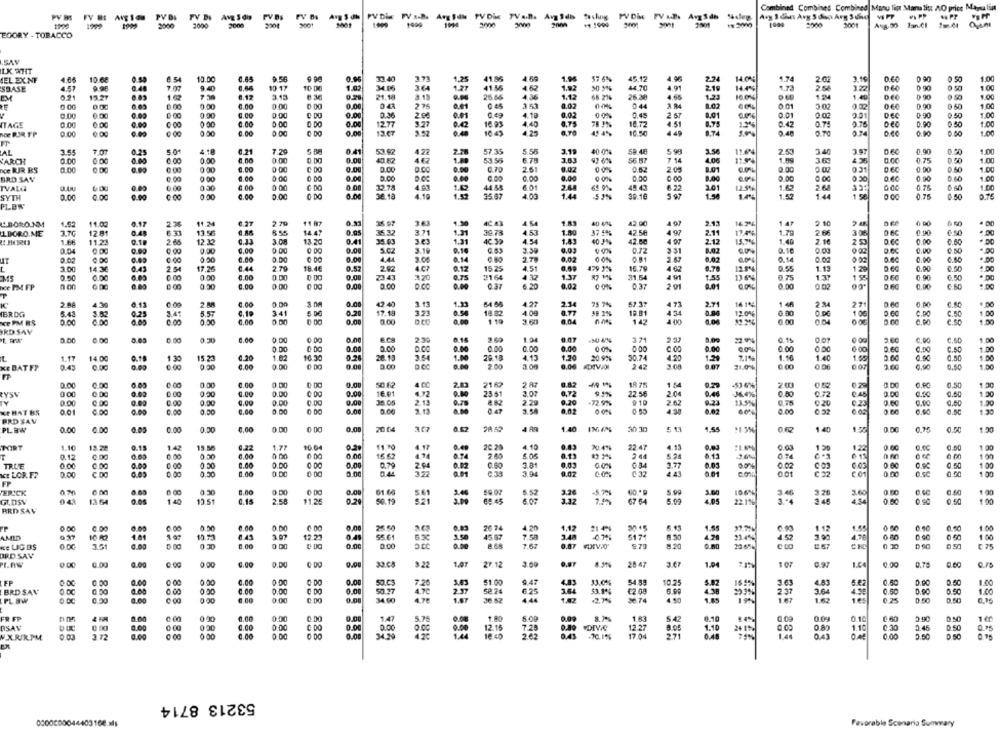
Combined Combines Combined Manu lig Manu list NO price May lin
2001
1990
3000
2001 3001
1001
EGORY - TOBACCO
IK WHIT
IEL EXNF
4.68
€ 54
10.00
6.45
9.56
0.96
33.40
3.7
1,2
41.86
4.50
1.94
57 6%
45.12
4.96
2.2
14.0%
1.74
3.19
0.50
1.00
SBASE
1.57
0.48
7.07
9.40
10 17
10 06
1.02
34.06
364
1.27
41 M
4.62
1.82
50 5%
44.70
218
1.73
2.54
3.22
0 90
1.00
13.27
0.98
21.10
3.18
26.66
4.36
1.12
66 276
123
100%
1.40
0 90
1.00
9.00
1.00
0.00
0.00
0.43
3.53
4.02
00%
044
10
0.05
0.00
0.00
0.00
0.00
0.36
0.01
4.19
0.02
0.45
67
0.01
0 02
3.91
DEC
0.90
0 50
1.00
ITAGE
0.00
0.00
0.00
0.00
12.77
3.27
0.02
16.93
4 40
6.75
78 1%
16.72
31
0.42
0.7!
0.75
0.90
1.00
HOE BUR TP
0.00
888
0.00
13. 67
0.40
16.43
4.25
0.70
10.50
0.90
0.60
5.55
5 99
AL
7.07
0.25
0.21
7.20
041
53.47
422
7.78
57.35
3.19
40 0%
58 AF
3.50
11.04
3.97
0.90
0.20
1.00
ARCH
0.00
0.00
0.00
0.00
8.00
0 00
0.00
4017
1.00
53. 55
7 14
4.00
4.55
0.75
nce RIR BS
0.00
0.00
0.00
0.00
0.02
00%
20
8.01
0.00
0.31
0.00
0.50
1.00
BRD SAY
0.00
0.00
0.0
0.00
0.00
8.00
0.50
0.00
1.00
0.00
0.00
22.28
1.0
44 48
6.01
45.43
301
125%
1.65
260
0.75
IVALG
4.10
35.67
4.00
1.44
$8.10
1.57
SYTH
0.00
0.00
0:00
0.00
0.00
5.00
0.00
38.18
51%
5 97
1.5
1.44
1 58
0.75
PLBW
L.BORO.NM
1.52
11.02
2.3
11.2
2 70
0.31
3.63
1.90
4 54
1.8
40 4%
42.90
2.13
16.204
147
2 10
3.7G
12 81
0.97
14.47
0.05
35.32
371
453
1.80
37 5%
42.58
97
.11
1.79
2 66
0.90
1.DORO.ME
0.4
13.56
1.31
30.78
1.66
11.23
0.1
265
12.32
3 08
13.20
0.41
35.03
1.31
40 39
4.54
1.43
42.80
-12
1.40
2.16
0.00
0.60
0.04
9.00
0.00
0.00
5.CZ
3.16
0.14
3.50
0,03
0.72
31
8.02
0.50
0.02
0.00
000
0.00
0.00
0.00
4.44
3.14
0,02
00%
0.14
0.0
0 02
3.00
14.30
0.4
2.54
17.26
0.44
2.79
0.57
2.62
AC?
0.12
15.25
4.51
479 1%
16.79
62
1.78
0.55
1.13
129
0.00
88888
0.00
2164
432
31.54
MS
0.50
0.00
ONO
0.00
0.00
73 43
0.75
1.3
0.75
137
1 55
DEC
0.00
bce PM FP
0.30
0.00
0 00
0.00
0,00
0.37
6.20
0,02
0 0%
0.37
88855355
3.01
0.00
0.00
2.00
4.3
13
2 BR
6.00
0.00
42.40
3.13
1.33
54 56
4.27
2.34
75 %%
57.32
471
2.71
16 104
1.48
2 24
27
8.43
5.57
34
0.20
17.19
4.09
0.77
38 1%
18.81
4 34
C.PO
IBRDG
123
1.41
6.00
0 00
a.m
18.82
1 10
3.60
8.04
142
4 00
120%
0.00
1 0€
C.50
C.SO
1.00
ce PM BS
0.50
KD SAY
0.00
6.00
6.60
0.500
6.00
0.00
0.00
0.00
3.50
19
0.07
2%
0.15
2.60
C.90
1.00
0.00
0.00
0.00
0.00
00%
0.00
0.00
0.00
0,00
6.50
1.00
14 00
15.21
0.20
1.02
16.30
0.25
20.13
3.54
79.18
4.13
1.20
20 926
50.74
4.20
7.1%
1.16
1.40
1.55
0.50
1.17
1 30
KE DATF?
0.43
6.00
0 00
0.00
2.00
0.00
242
3.08
3.07
0.00
007
0.60
FP
0.00
0.00
0.00
0.00
0.00
4.00
2.83
2162
2 87
0.82
--
18 75
1 54
-53-6%
0.52
0.29
0.PC
0.50
ŁYSV
0 00
0.00
0.00
0.00
16.01
0.80
25.51
3.02
0,72
9.5%
22 56
2.04
0.46
0.72
0.DC
0.00
0.50
0.00
0.00
0.00
26.05
2.13
9.78
9.20
9 10
2.62
0.20
130
0.00
0.00
0.00
0.00
2.29
72.9%
0.23
0 23
Ke HAT ES
0.01
0.00
0.00
0.00
3.54
0.02
0.00
0.92
BRD SAV
PLEW
0.00
0.00
6.05
0.00
0.30
0,00
0.00
0.00
70 04
4 AS
1.40
20.30
1,55
140
1.10
13.22
142
15. 50
1.77
10.6ª
11.90
4.17
4.10
0.83
22.47
4. 13
0.0J
0.00
1 20
0.00
100
TORT
0.2
0.00
0.20
122
0.12
0.05
0.00
0.00
0.06
16.62
4.74
0.74
2.00
6.06
0.13
2 44
6.13
0.74
6.60
TRLE
0.00
0.00
0.50
0.00
0.00
0.60
3.81
0.34
1.77
0.05
0.02
003
0 03
0.50
1.00
ACE LOR.F?
0.00
0.05
0.00
10 00
0.00
3.94
00%
0.01
0.00
1.00
FP
0.00
3.60
ERICK
0.30
0.00
61.66
3.40
3.26
5.99
106%
3.46
3.60
GUDSV
043
1.40
13.51
2.58
0.20
3.00
3.32
67 54
22.1%
3 .- 4
0.80
0.90
0.50
BRD SAV
0,00
26 74
1,12
0.40
3.07
0.44
1.20
21 476
5174
1.45
0.50
AMID
6.43
12.23
55.61
6.30
45.87
50
4.52
4.78
6.80
Ke LIG BS
0.00
8.00
0.00
0.00
0.00
0.87
8.20
0.00
555
23 61
CEC
0.50
£ 75
ORD SAV
0.00
0.00
0.00
3.22
27.12
3.69
28 47
3.ET
107
1.00
0.00
0.60
LEP
0.00
0.00
C DO
0.00
50.03
7.20
51.00
9.47
JJ.0%
54 35
10.95
3.03
4.83
0.60
1.00
BRD SAV
0.00
0.00
0.00
0.00
50.27
52 24
6.25
€2.08
2.37
3.64
0.50
5.50
1.00
PLSW
0.00
0.00
6.00
0 00
0.DO
34.00
36.52
44
36.74
4.50
167
FR FP
6.00
0.00
1.47
5.75
1.00
1.80
5.00
1.83
5.42
6.10
0.10
0.60
RSAV
1.00
0.00
0.00
0.00
0.00
0.00
0.00
12.16
7.28
12.27
1.10
1.10
0.75
W.X RIRPM
0 03
3.12
0.00
0 00
O DO
34.20
262
0.43
-70. 1%
17.04
1.44
0.43
0.00
ER
53213 8714
Favorable Scenario Summary